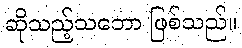
ဆိုသည့်သဘော ဖြစ်သည်။